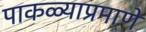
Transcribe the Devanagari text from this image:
पाकळ्याप्रमाणे